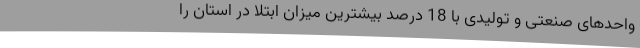
واحدهای صنعتی و تولیدی با 18 درصد بیشترین میزان ابتلا در استان را